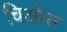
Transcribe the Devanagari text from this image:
चिऑस